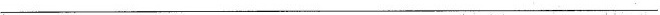
---